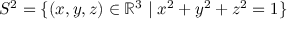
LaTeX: S ^ { 2 } = \{ ( x , y , z ) \in \mathbb { R } ^ { 3 } \mid x ^ { 2 } + y ^ { 2 } + z ^ { 2 } = 1 \}